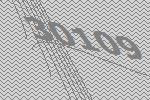
30109